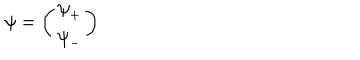
{ \psi } = \left( \begin{array} { c } { { { \psi } _ { + } } } \\ { { { \psi } _ { - } } } \\ \end{array} \right) \,